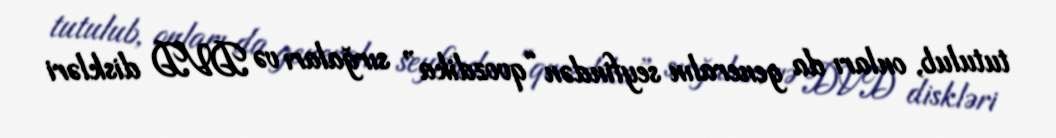
tutulub, onları da generalın seyfindən “qvozdika” sırğaları və DVD diskləri